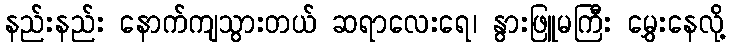
နည်းနည်း နောက်ကျသွားတယ် ဆရာလေးရေ၊ နွားဖြူမကြီး မွှေးနေလို့